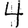
Digit: 4